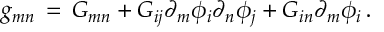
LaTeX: g _ { m n } \, = \, G _ { m n } + G _ { i j } \partial _ { m } \phi _ { i } \partial _ { n } \phi _ { j } + G _ { i n } \partial _ { m } \phi _ { i } \, .